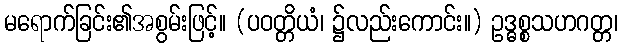
မရောက်ခြင်း၏အစွမ်းဖြင့်။ (ပဝတ္တိယံ၊ ၌လည်းကောင်း။) ဥဒ္ဓစ္စသဟဂတ္တ၊